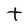
Character: t